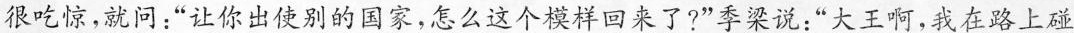
很吃惊，就问：”让你出使别的国家，怎么这个模样回来了?”季梁说：”大王啊，我在路上碰